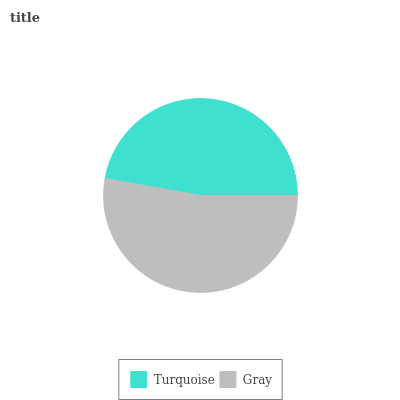
| Turquoise | Gray |
 | --- | --- |
 | 47.2% | 52.8% |